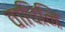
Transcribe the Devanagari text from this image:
वाचिनि